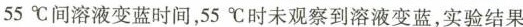
55 °C间溶液变蓝时间，55 °C时未观察到溶液变蓝，实验结果